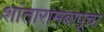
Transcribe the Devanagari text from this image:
शांतारामबापूचा